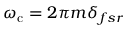
\omega _ { \mathrm { c } } = 2 \pi m \delta _ { f s r }